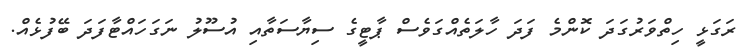
ރަގަޅީ ހިތްވަރުގަދަ ކޮންމެ ފަދަ ހާލަތެއްގަވެސް ޕާޓީގެ ސިޔާސަތާއި އުސޫލު ނަގަހައްޓާފަދަ ބޭފުޅެއް.